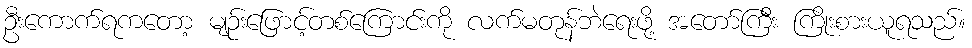
ဦးကောက်ရကတော့ မျဉ်းဖြောင့်တစ်ကြောင်းကို လက်မတုန်ဘဲရေးဖို့ အတော်ကြီး ကြိုးစားယူရသည်။